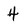
Character: 4